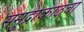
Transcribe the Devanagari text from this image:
समुद्राकाठचा